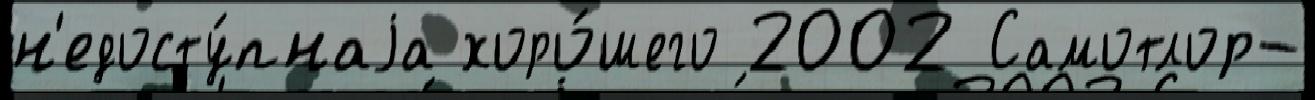
н'едосту́пнаjа хоро́шего 2002 Самотлор-